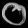
Digit: ၀